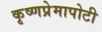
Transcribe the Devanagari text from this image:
कृष्णप्रेमापोटी